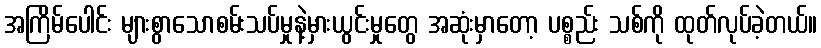
အကြိမ်ပေါင်း များစွာသောစမ်းသပ်မှုနဲ့မှားယွင်းမှုတွေ အဆုံးမှာတော့ ပစ္စည်း သစ်ကို ထုတ်လုပ်ခဲ့တယ်။